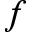
f